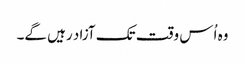
وہ اُس وقت تک آزاد رہیں گے۔